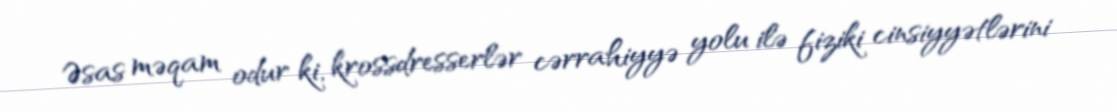
Əsas məqam odur ki, krossdresserlər cərrahiyyə yolu ilə fiziki cinsiyyətlərini